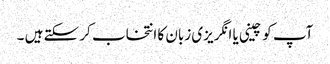
آپ کو چینی یا انگریزی زبان کا انتخاب کر سکتے ہیں ۔